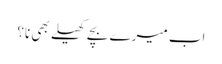
اب میرے بچے کھیلے بھی نا؟